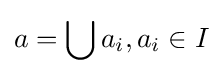
a=\bigcup a_{i},a_{i}\in I